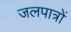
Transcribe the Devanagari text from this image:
जलपात्रों